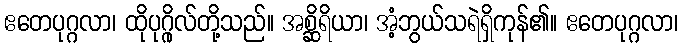
ဧတေပုဂ္ဂလာ၊ ထိုပုဂ္ဂိုလ်တို့သည်။ အစ္ဆိရိယာ၊ အံ့ဘွယ်သရဲရှိကုန်၏။ ဧတေပုဂ္ဂလာ၊